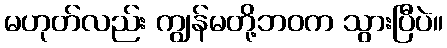
မဟုတ်လည်း ကျွန်မတို့ဘဝက သွားပြီပဲ။